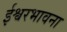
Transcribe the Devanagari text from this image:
ईश्वरभावना